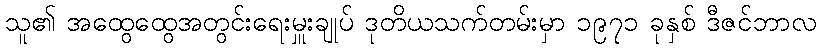
သူ၏ အထွေထွေအတွင်းရေးမှူးချုပ် ဒုတိယသက်တမ်းမှာ ၁၉၇၁ ခုနှစ် ဒီဇင်ဘာလ